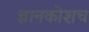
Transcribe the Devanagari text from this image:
ज्ञानकोशच